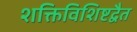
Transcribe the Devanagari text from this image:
शक्तिविशिष्टद्वैत